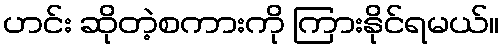
ဟင်း ဆိုတဲ့စကားကို ကြားနိုင်ရမယ်။